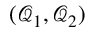
( \mathcal { Q } _ { 1 } , \mathcal { Q } _ { 2 } )